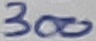
Text: 300